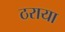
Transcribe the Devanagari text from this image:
ठराया